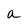
Character: a